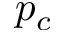
p _ { c }